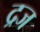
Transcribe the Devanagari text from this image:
द्रज